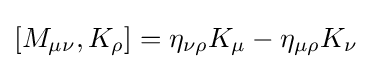
[M_{\mu \nu },K_{\rho }]=\eta _{\nu \rho }K_{\mu }-\eta _{\mu \rho }K_{\nu }